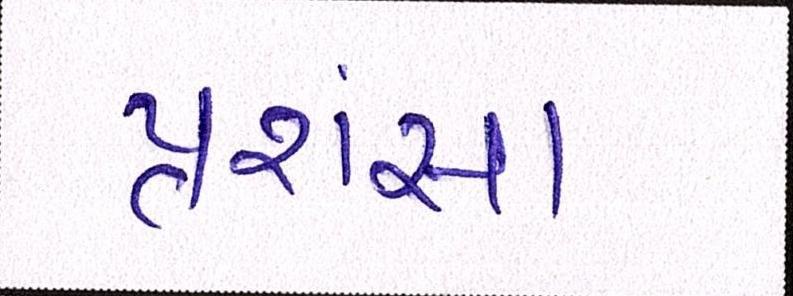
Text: પ્રશંસા